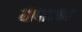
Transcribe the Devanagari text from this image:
धोपावकर